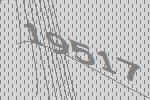
19517